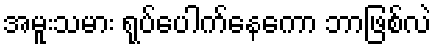
အမူးသမား ရုပ်ပေါက်နေကော ဘာဖြစ်လဲ